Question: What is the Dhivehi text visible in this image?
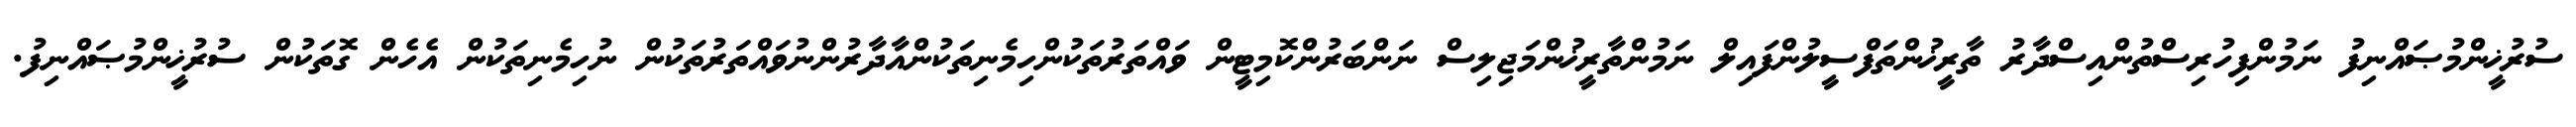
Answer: ސުރުޚީންމުޞައްނިފު ނަމުންފިހުރިސްތުންއިސްދާރު ތާރީޚުންތަފްސީލުންފައިލް ނަމުންތާރީޚުންމަޖިލިސް ނަންބަރުންކޮމިޓީން ވައްތަރުތަކުންހިމެނިތަކުންއާދާރުންނުވައްތަރުތަކުން ނުހިމެނިތަކުން އެހެން ގޮތަކުން ސުރުޚީންމުޞައްނިފު.